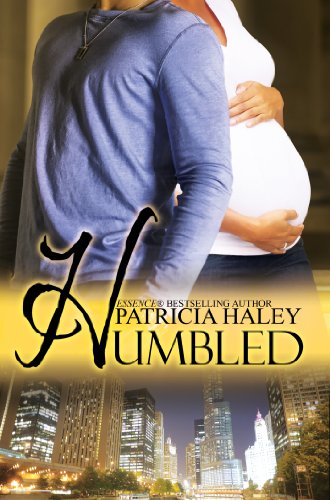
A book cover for Humbled (Urban Books); Patricia Haley; Literature & Fiction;